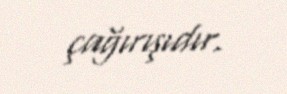
çağırışıdır.